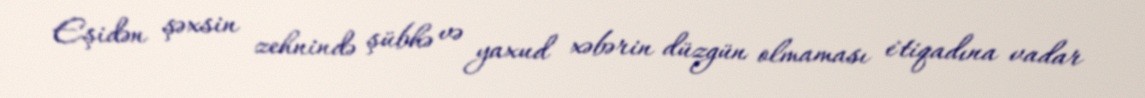
Eşidən şəxsin zehnində şübhə və yaxud xəbərin düzgün olmaması e`tiqadına vadar